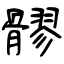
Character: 髎